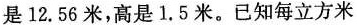
是12.56米，高是1.5米。已知每立方米